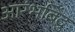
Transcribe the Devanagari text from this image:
आरंभबिंदु